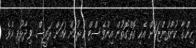
ހިންގާ ކުންފުންޏަކަށް އެކި ގޮތްގޮތުން އިންވެސްޓް ކުރުމަށް ކަމަށް ރައީސް ވިދާޅުވި އެވެ.